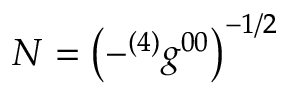
N = \left( - { ^ { ( 4 ) } g ^ { 0 0 } } \right) ^ { - 1 / 2 }